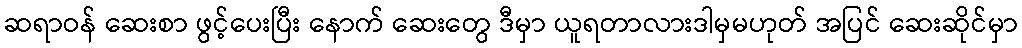
ဆရာဝန် ဆေးစာ ဖွင့်ပေးပြီး နောက် ဆေးတွေ ဒီမှာ ယူရတာလားဒါမှမဟုတ် အပြင် ဆေးဆိုင်မှာ